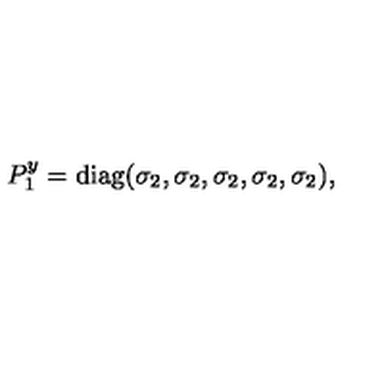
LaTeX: P _ { 1 } ^ { y } = \mathrm { d i a g } ( \sigma _ { 2 } , \sigma _ { 2 } , \sigma _ { 2 } , \sigma _ { 2 } , \sigma _ { 2 } ) , \,